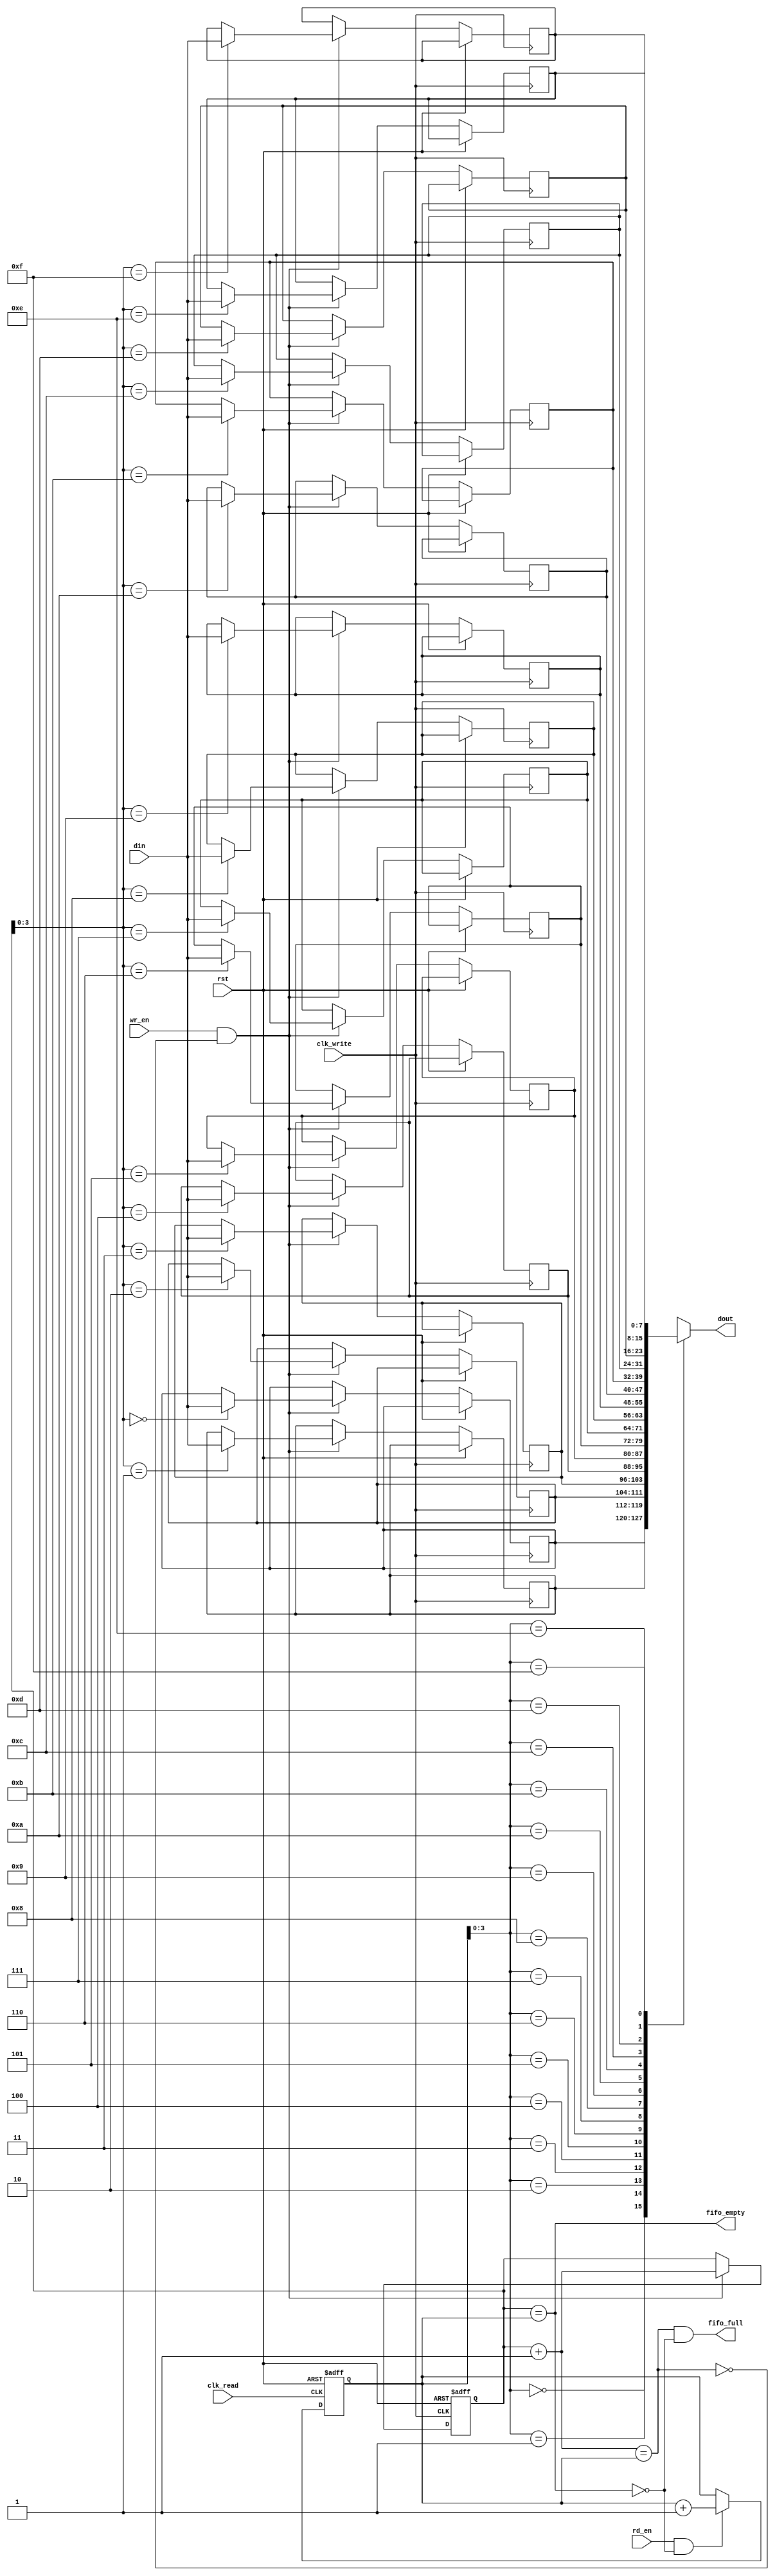
module fifo_sync 
#(parameter DATA_WIDTH = 8,     // Width of the data bus
  parameter FIFO_DEPTH = 16      // Depth of the FIFO
)
(
    input                       clk_write,   // Write clock
    input                       clk_read,    // Read clock
    input                       rst,         // Asynchronous reset
    input  [DATA_WIDTH-1:0]    din,         // Data input
    input                       wr_en,       // Write enable
    output                      fifo_full,   // FIFO full flag
    output                      fifo_empty,  // FIFO empty flag
    output [DATA_WIDTH-1:0]    dout,        // Data output
    input                       rd_en        // Read enable
);

// Internal signals
reg [DATA_WIDTH-1:0] fifo_mem [0:FIFO_DEPTH-1]; // FIFO memory
reg [4:0] wr_ptr;        // Write pointer (5 bits for depth of 16)
reg [4:0] rd_ptr;        // Read pointer (5 bits for depth of 16)
reg [4:0] wr_sync_ptr;   // Synchronized write pointer for read domain
reg [4:0] rd_sync_ptr;   // Synchronized read pointer for write domain
wire [4:0] wr_ptr_next;  // Next write pointer
wire [4:0] rd_ptr_next;  // Next read pointer
wire fifo_full_internal;  // Internal full flag
wire fifo_empty_internal; // Internal empty flag

// FIFO Control Logic
assign fifo_full = (wr_ptr_next == rd_ptr) && !fifo_empty_internal; // FIFO full condition
assign fifo_empty = (wr_ptr == rd_ptr); // FIFO empty condition

// Write Pointer Logic
always @(posedge clk_write or posedge rst) begin
    if (rst) begin
        wr_ptr <= 0;
    end else if (wr_en && !fifo_full_internal) begin
        fifo_mem[wr_ptr] <= din; // Write data to FIFO
        wr_ptr <= wr_ptr_next;    // Move write pointer
    end
end

assign wr_ptr_next = wr_ptr + 1;

// Read Pointer Logic
always @(posedge clk_read or posedge rst) begin
    if (rst) begin
        rd_ptr <= 0;
    end else if (rd_en && !fifo_empty_internal) begin
        rd_ptr <= rd_ptr_next;     // Move read pointer
    end
end

assign rd_ptr_next = rd_ptr + 1;

// Output Data Logic
assign dout = fifo_mem[rd_ptr];

// FIFO Status Logic
assign fifo_full_internal = (wr_ptr[4:0] + 1'b1) == rd_ptr;
assign fifo_empty_internal = (wr_ptr[4:0] == rd_ptr);

// Synchronization Logic for Write Pointer
always @ (posedge clk_read or posedge rst) begin
    if (rst) begin
        wr_sync_ptr <= 0;
    end else begin
        wr_sync_ptr <= wr_ptr; // Synchronize write pointer to read domain
    end
end

// Synchronization Logic for Read Pointer
always @ (posedge clk_write or posedge rst) begin
    if (rst) begin
        rd_sync_ptr <= 0;
    end else begin
        rd_sync_ptr <= rd_ptr; // Synchronize read pointer to write domain
    end
end

endmodule